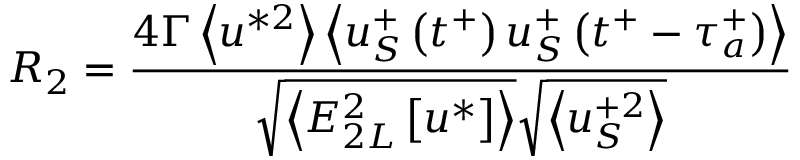
R _ { 2 } = \frac { 4 \Gamma \left< u ^ { * 2 } \right> \left< u _ { S } ^ { + } \left( t ^ { + } \right) u _ { S } ^ { + } \left( t ^ { + } - \tau _ { a } ^ { + } \right) \right> } { \sqrt { \left< E _ { 2 L } ^ { 2 } \left[ u ^ { * } \right] \right> } \sqrt { \left< u _ { S } ^ { + 2 } \right> } }